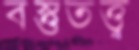
বস্তুতত্ত্ব